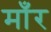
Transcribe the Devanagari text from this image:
माँर